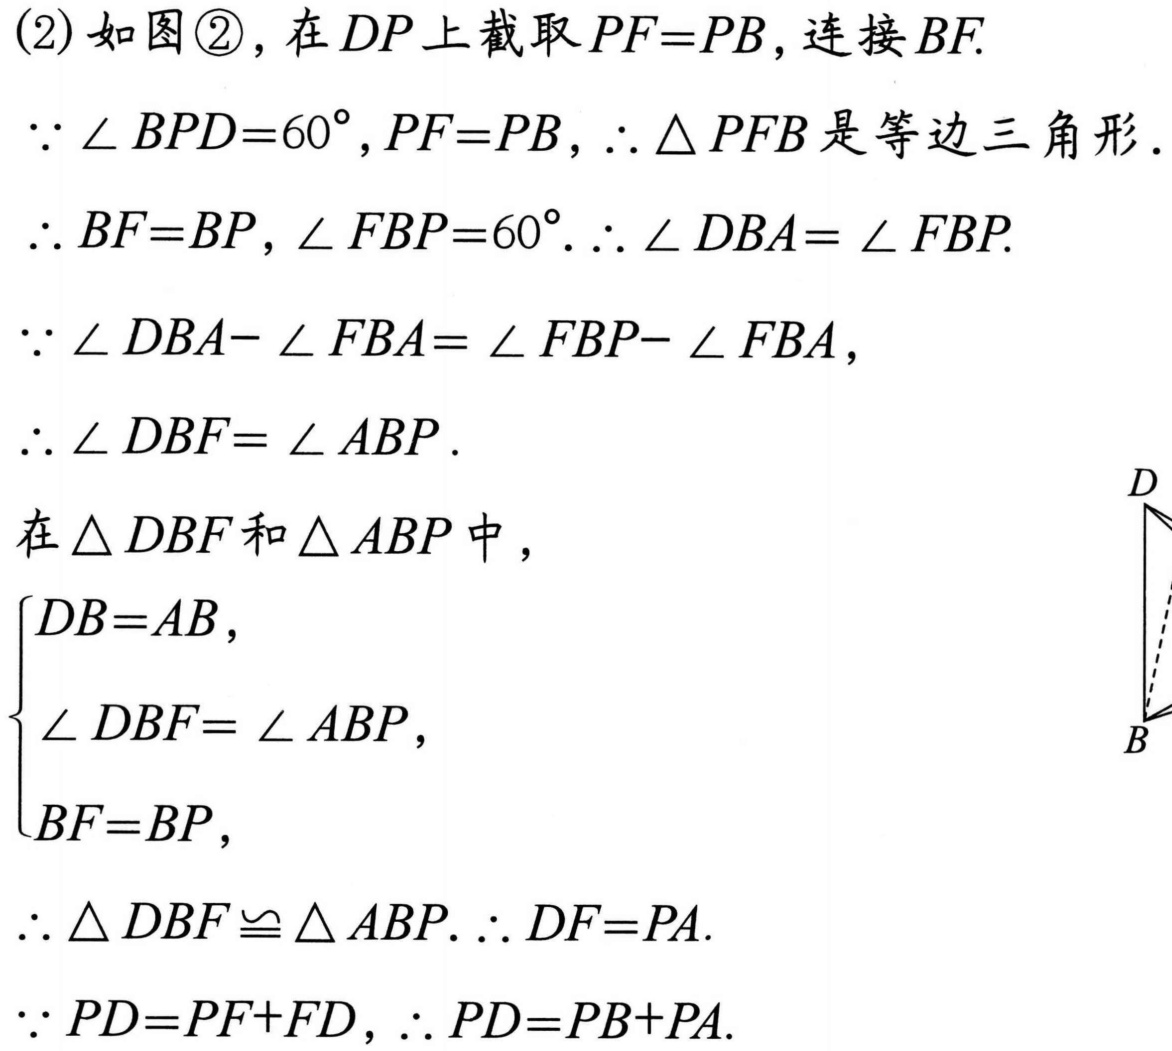
(2)如图\textcircled{2},在$DP$上截取$PF = PB$,连接$BF$.
$\because\angle BPD = 60^{\circ},PF = PB,\therefore\triangle PFB$是等边三角形.
$\therefore BF = BP,\angle FBP = 60^{\circ}.\therefore\angle DBA=\angle FBP.$
$\because\angle DBA-\angle FBA=\angle FBP-\angle FBA,$
$\therefore\angle DBF=\angle ABP.$
在$\triangle DBF$和$\triangle ABP$中，
$\begin{cases}
DB = AB,\\
\angle DBF=\angle ABP,\\
BF = BP,
\end{cases}$
$\therefore\triangle DBF\cong\triangle ABP.\therefore DF = PA.$
$\because PD=PF + FD,\therefore PD=PB + PA.$